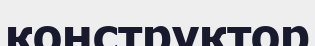
конструктор